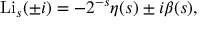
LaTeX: \operatorname { L i } _ { s } ( \pm i ) = - 2 ^ { - s } \eta ( s ) \pm i \beta ( s ) ,